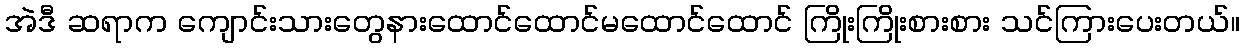
အဲဒီ ဆရာက ကျောင်းသားတွေနားထောင်ထောင်မထောင်ထောင် ကြိုးကြိုးစားစား သင်ကြားပေးတယ်။